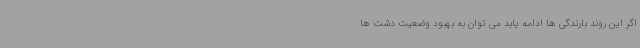
اگر این روند بارندگی ها ادامه یابد می توان به بهبود وضعیت دشت ها